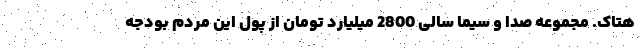
هتاک. مجموعه صدا و سیما سالی 2800 میلیارد تومان از پول این مردم بودجه